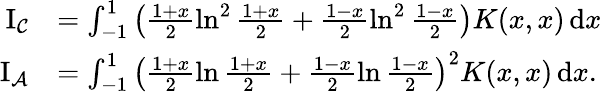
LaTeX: \begin{array}{rl}{\mathrm{I_{\mathcal{C}}}}&{=\int_{-1}^{1}\left(\frac{1+x}{2}\ln^{2}\frac{1+x}{2}+\frac{1-x}{2}\ln^{2}\frac{1-x}{2}\right)K(x,x)\, \mathrm{d}x}\\ {\mathrm{I_{\mathcal{A}}}}&{=\int_{-1}^{1}\left(\frac{1+x}{2}\ln\frac{1+x}{2}+\frac{1-x}{2}\ln\frac{1-x}{2}\right)^{2}K(x,x)\, \mathrm{d}x.}\end{array}